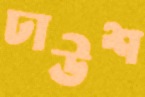
ঢাউশ